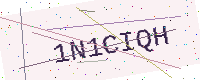
Text: 1N1CIQH